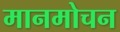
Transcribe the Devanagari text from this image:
मानमोचन